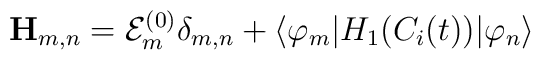
{\bf H}_{m,n}={\cal E}_m^{(0)}\delta _{m,n}+\langle\varphi _m|H_1(C_i(t))|\varphi _n\rangle